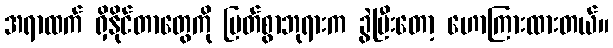
အရာထက် ရှိနိုင်တာတွေကို မြတ်စွာဘုရားက ခွဲပြီးတော့ ဟောကြားထားတယ်။